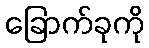
ခြောက်ခုကို